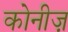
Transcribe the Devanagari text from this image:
कोनीज़